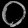
Digit: ၀